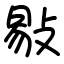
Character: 敡